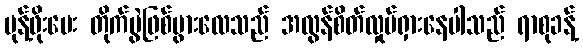
မုန့်ဖိုးပေး တိုက်ပွဲဖြစ်ပွားလေသည် အလွန်စိတ်လှုပ်ရှားနေပါသည် ရာစုခန့်